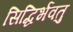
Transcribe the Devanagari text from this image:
सिद्धिर्भवतु